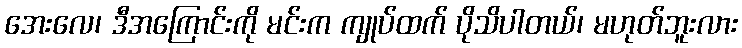
အေးလေ၊ ဒီအကြောင်းကို မင်းက ကျုပ်ထက် ပိုသိပါတယ်၊ မဟုတ်ဘူးလား